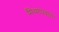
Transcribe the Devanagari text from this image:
मिथ्‍यापवादों